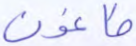
طاغون